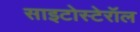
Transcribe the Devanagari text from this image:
साइटोस्टेरॉल